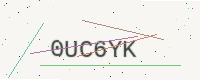
Text: 0UC6YK